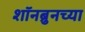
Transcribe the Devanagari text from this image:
शॉनब्रुनच्या